Plague in India, 1896, 1897 - Volume 1
Year: 1896
Disease focus: Plague
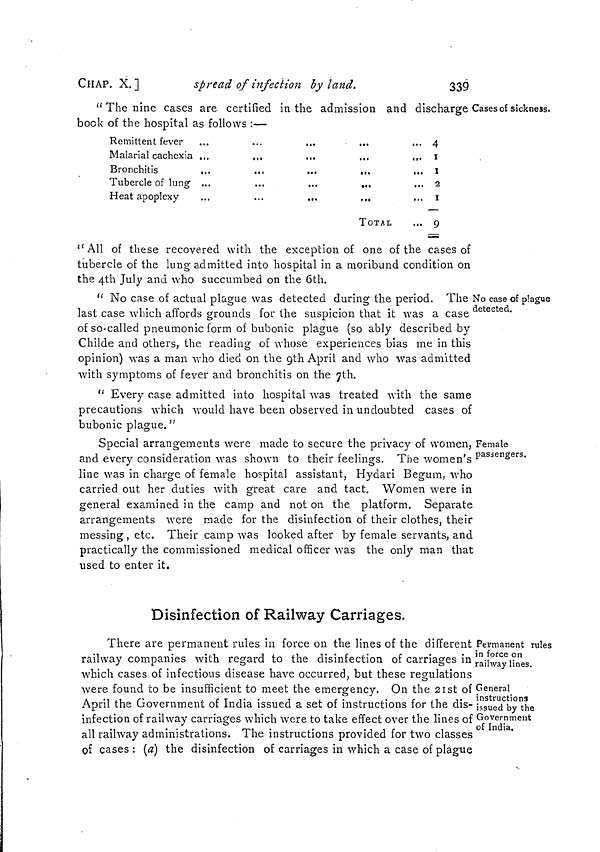
CHAP. X.]
spread of infection by land.
339
"The nine cases are certified in the admission and discharge Cases of sickness.
book of the hospital as follows :—
Remittent fever
Malarial cachexia
Bronchitis
...
...
...
,,,
Tubercle of lung ...
...
...
,.,
Heat apoplexy
...
...
...
TOTAL
... 4
... 1
... 1
... 2
.,. I
... 9
"All of these recovered with the exception of one of the cases of
tubercle of the lung admitted into hospital in a moribund condition on
the 4th July and who succumbed on the 6th.
No case of plague
detected.
" No case of actual plague was detected during the period. The
last case which affords grounds for the suspicion that it was a case
of so-called pneumonic form of bubonic plague (so ably described by
Childe and others, the reading of whose experiences bias me in this
opinion) was a man who died on the 9th April and who was admitted
with symptoms of fever and bronchitis on the 7th.
" Every case admitted into hospital was treated with the same
precautions which would have been observed in undoubted cases of
bubonic plague."
Female
passengers.
Special arrangements were made to secure the privacy of women,
and every consideration was shown to their feelings. The women's
line was in charge of female hospital assistant, Hydari Begum, who
carried out her duties with great care and tact. Women were in
general examined in the camp and not on the platform. Separate
arrangements were made for the disinfection of their clothes, their
messing , etc. Their camp was looked after by female servants, and
practically the commissioned medical officer was the only man that
used to enter it.
Disinfection of Railway Carriages.
Permanent rules
in force on
railway lines.
General
instructions
issued by the
Government
of India,
There are permanent rules in force on the lines of the different
railway companies with regard to the disinfection of carriages in
which cases of infectious disease have occurred, but these regulations
were found to be insufficient to meet the emergency. On the 21st of
April the Government of India issued a set of instructions for the dis-
infection of railway carriages which were to take effect over the lines of
all railway administrations. The instructions provided for two classes
of cases : (a) the disinfection of carriages in which a case of plague